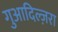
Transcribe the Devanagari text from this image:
गुआदिल्ज़रा